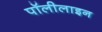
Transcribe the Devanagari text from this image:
पॉलीलाइन